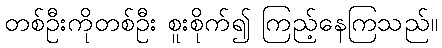
တစ်ဦးကိုတစ်ဦး စူးစိုက်၍ ကြည့်နေကြသည်။